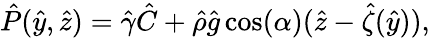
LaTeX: \hat{P}(\hat{y},\hat{z})=\hat{\gamma}\hat{C}+\hat{\rho}\hat{g}\cos(\alpha)(\hat{z}-\hat{\zeta}(\hat{y})),